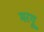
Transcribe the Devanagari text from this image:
मरगू